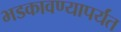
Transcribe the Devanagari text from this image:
भडकावण्यापर्यंत